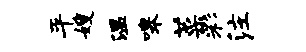
平嫂温嗥菜彩注